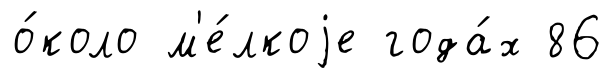
о́коло м'е́лкоjе года́х 86